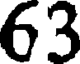
63